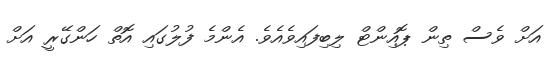
އަށް ވެސް ތިން ޕޮއިންޓް ލިބިފައިވެއެވެ. އެންމެ ފުލުގައި އޮތް ހަންގޭރީ އަށް